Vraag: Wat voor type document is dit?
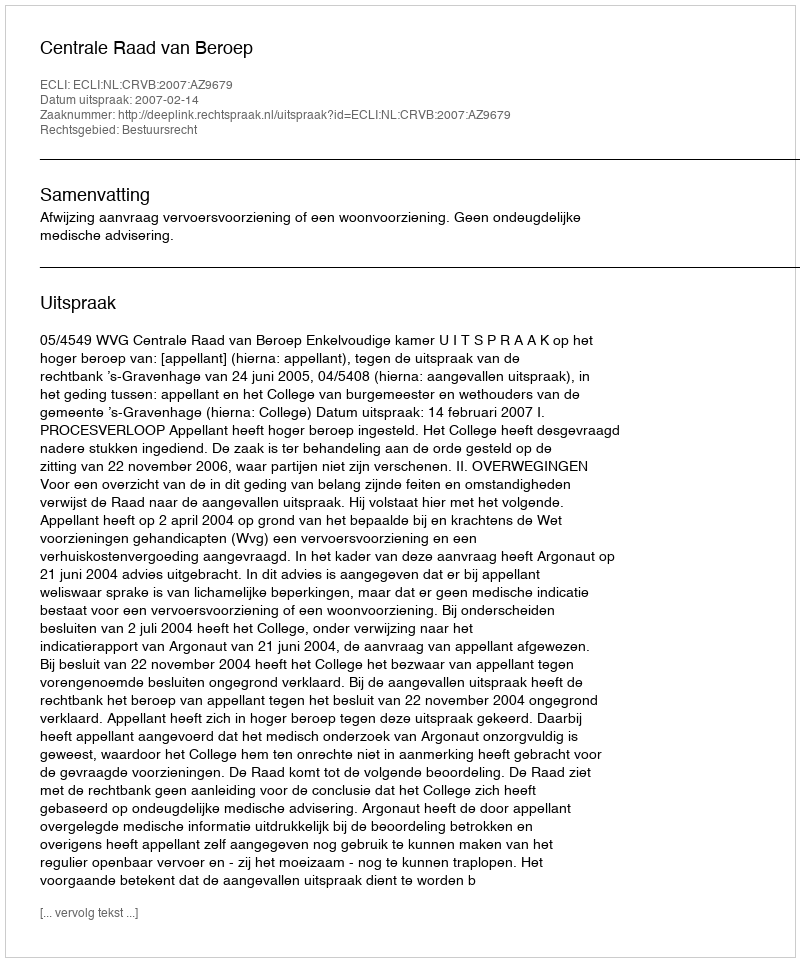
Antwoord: Uitspraak